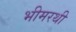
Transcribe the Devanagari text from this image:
भीमरथी